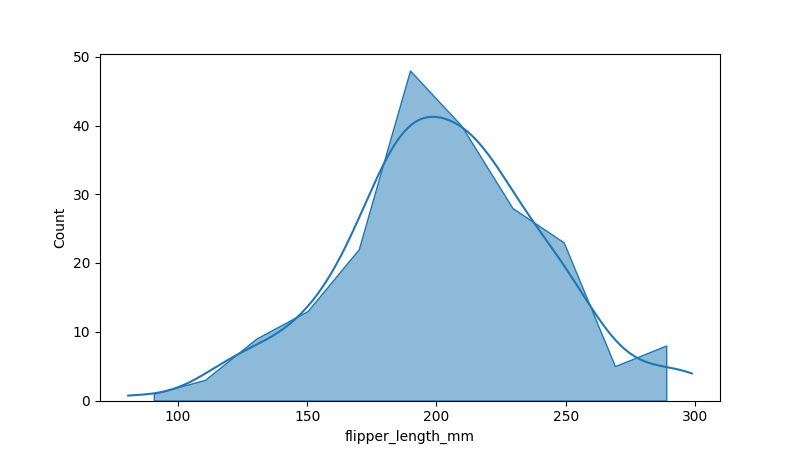
python, seaborn, histplot, hue='all', binwidth=20, bins='auto', element='poly'